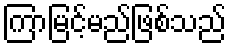
ကြာမြင့်မည်ဖြစ်သည်